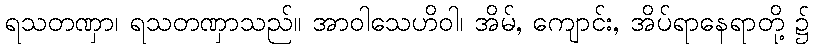
ရသတဏှာ၊ ရသတဏှာသည်။ အာဝါသေဟိဝါ၊ အိမ်, ကျောင်း, အိပ်ရာနေရာတို့ ၌